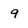
Character: 9